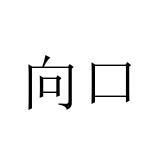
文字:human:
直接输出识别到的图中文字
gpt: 向口